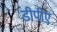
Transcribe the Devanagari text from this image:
डीपीए